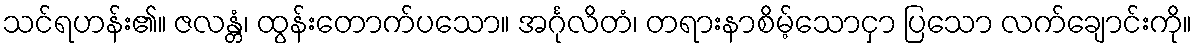
သင်ရဟန်း၏။ ဇလန္တံ၊ ထွန်းတောက်ပသော။ အင်္ဂုလိတံ၊ တရားနာစိမ့်သောငှာ ပြသော လက်ချောင်းကို။